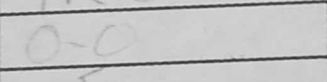
Transcription: O-O